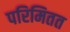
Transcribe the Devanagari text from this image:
परिमितत